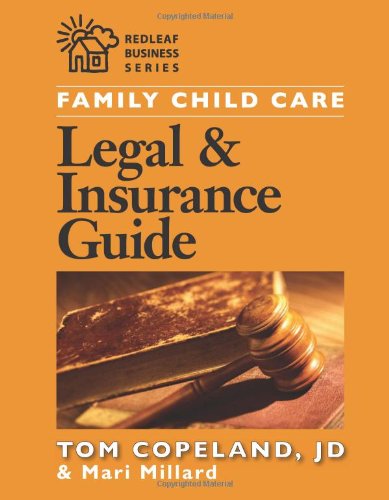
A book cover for Family Child Care Legal and Insurance Guide: How to Protect Yourself from the Risks of Running a Business (Redleaf Business); Mari Millard; Business & Money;